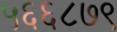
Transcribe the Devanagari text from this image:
५६६८७९